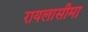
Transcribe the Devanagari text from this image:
रायलासीमा